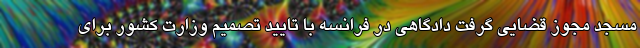
مسجد مجوز قضایی گرفت دادگاهی در فرانسه با تایید تصمیم وزارت کشور برای